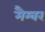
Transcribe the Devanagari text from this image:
मैम्बर